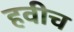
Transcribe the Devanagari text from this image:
हवीच